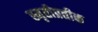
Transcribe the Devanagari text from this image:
स्मृतीप्रतीक